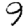
Digit: 9